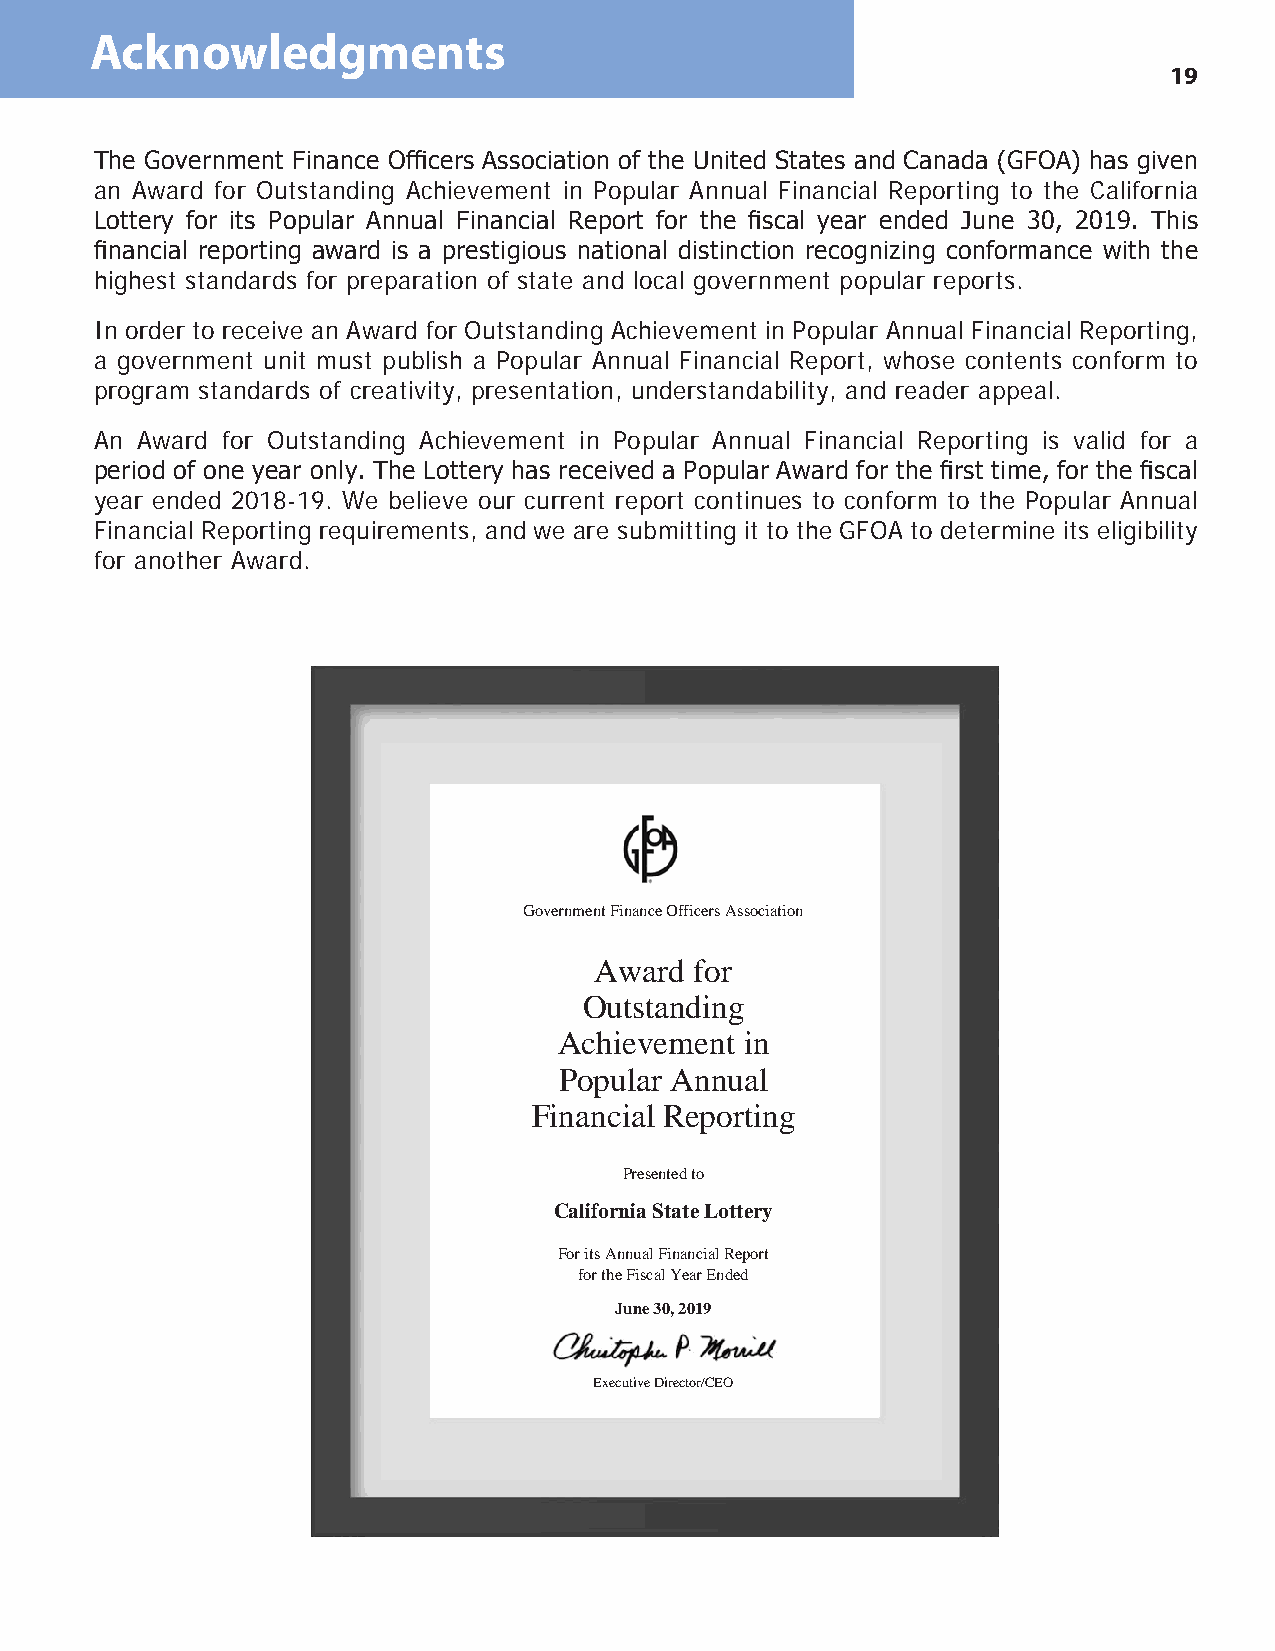
Acknowledgments
 19
 The Government Finance Officers Association of the United States and Canada (GFOA) has given
 an Award for Outstanding Achievement in Popular Annual Financial Reporting to the California
 Lottery for its Popular Annual Financial Report for the fiscal year ended June 30, 2019. This
 financial reporting award is a prestigious national distinction recognizing conformance with the
 highest standards for preparation of state and local government popular reports.
 In order to receive an Award for Outstanding Achievement in Popular Annual Financial Reporting,
 a government unit must publish a Popular Annual Financial Report, whose contents conform to
 program standards of creativity, presentation, understandability, and reader appeal.
 An Award for Outstanding Achievement in Popular Annual Financial Reporting is valid for a
 period of one year only. The Lottery has received a Popular Award for the first time, for the fiscal
 year ended 2018-19. We believe our current report continues to conform to the Popular Annual
 Financial Reporting requirements, and we are submitting it to the GFOA to determine its eligibility
 for another Award.
 Government Finance Officers Association
 Award  for
 Outstanding
 Achievement in
 Popular Annual
 Financial Reporting
 Presented to
 California State Lottery
 For its Annual Financial Report
 for the Fiscal Year Ended
 June 30, 2019
 Executive Director/CEO